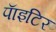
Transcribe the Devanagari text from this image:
पाॅइटिर